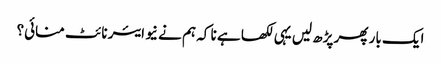
ایک بار پھر پڑھ لیں یہی لکھا ہے نا کہ ہم نے نیو ایئر نائٹ منائی؟